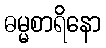
ဓမ္မစာရိနော